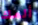
ألمك